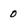
Character: 0